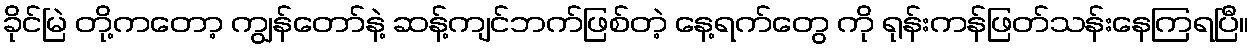
ခိုင်မြဲ တို့ကတော့ ကျွန်တော်နဲ့ ဆန့်ကျင်ဘက်ဖြစ်တဲ့ နေ့ရက်တွေ ကို ရုန်းကန်ဖြတ်သန်းနေကြရပြီ။